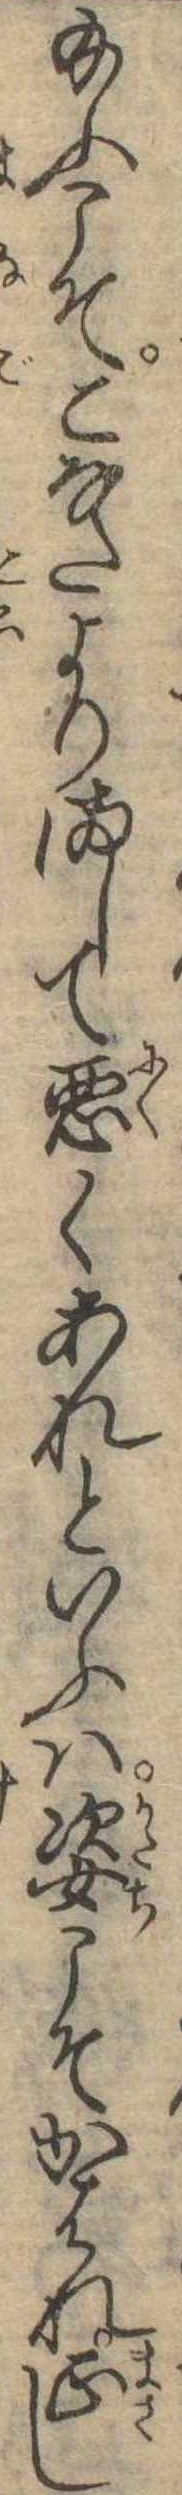
給ふこそこなたよりまして悪くあれといふは姿こそかはれ正し